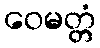
ဝေမတ္တံ